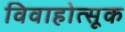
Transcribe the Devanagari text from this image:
विवाहोत्सूक